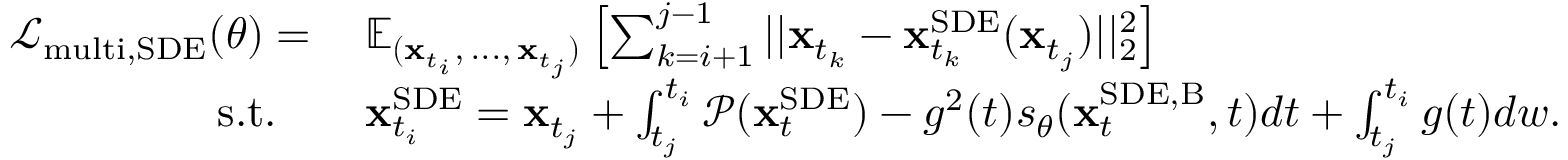
\begin{array} { r l } { \mathcal { L } _ { \mathrm { m u l t i , S D E } } ( \theta ) = \: } & { \mathbb { E } _ { ( \mathbf { x } _ { t _ { i } } , \, . . . , \, \mathbf { x } _ { t _ { j } } ) } \left[ \sum _ { k = i + 1 } ^ { j - 1 } | | \mathbf { x } _ { t _ { k } } - \mathbf { x } _ { t _ { k } } ^ { \mathrm { S D E } } ( \mathbf { x } _ { t _ { j } } ) | | _ { 2 } ^ { 2 } \right] } \\ { \mathrm { s . t . } \quad } & { \mathbf { x } _ { t _ { i } } ^ { \mathrm { S D E } } = \mathbf { x } _ { t _ { j } } + \int _ { t _ { j } } ^ { t _ { i } } \mathcal { P } ( \mathbf { x } _ { t } ^ { \mathrm { S D E } } ) - g ^ { 2 } ( t ) s _ { \theta } ( \mathbf { x } _ { t } ^ { \mathrm { S D E , B } } , t ) d t + \int _ { t _ { j } } ^ { t _ { i } } g ( t ) d w . } \end{array}